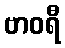
ဗာဝရီ